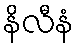
နိလီနံ